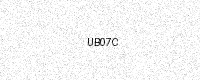
Text: UB07C